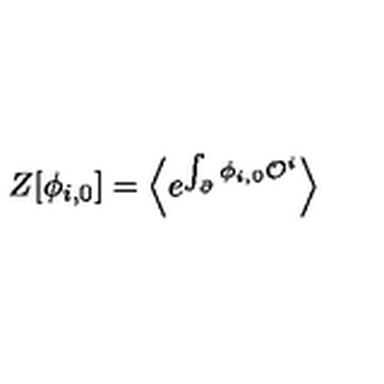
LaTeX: Z [ \phi _ { i , 0 } ] = \Bigl \langle e ^ { \int _ { \partial } \phi _ { i , 0 } { \cal O } ^ { i } } \Bigr \rangle